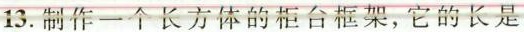
13.制作一个长方体的柜台框架，它的长是